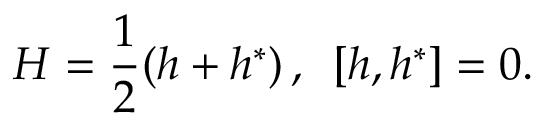
H = \frac 1 2 ( h + h ^ { * } ) \, , \, \, \, \left[ h , h ^ { * } \right] = 0 .